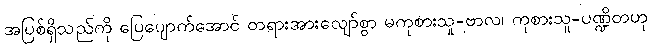
အပြစ်ရှိသည်ကို ပြေပျောက်အောင် တရားအားလျော်စွာ မကုစားသူ-ဗာလ၊ ကုစားသူ-ပဏ္ဍိတဟု